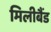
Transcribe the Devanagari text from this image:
मिलीबैंड